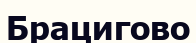
Брацигово